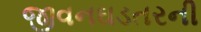
જીવનઘડતરની